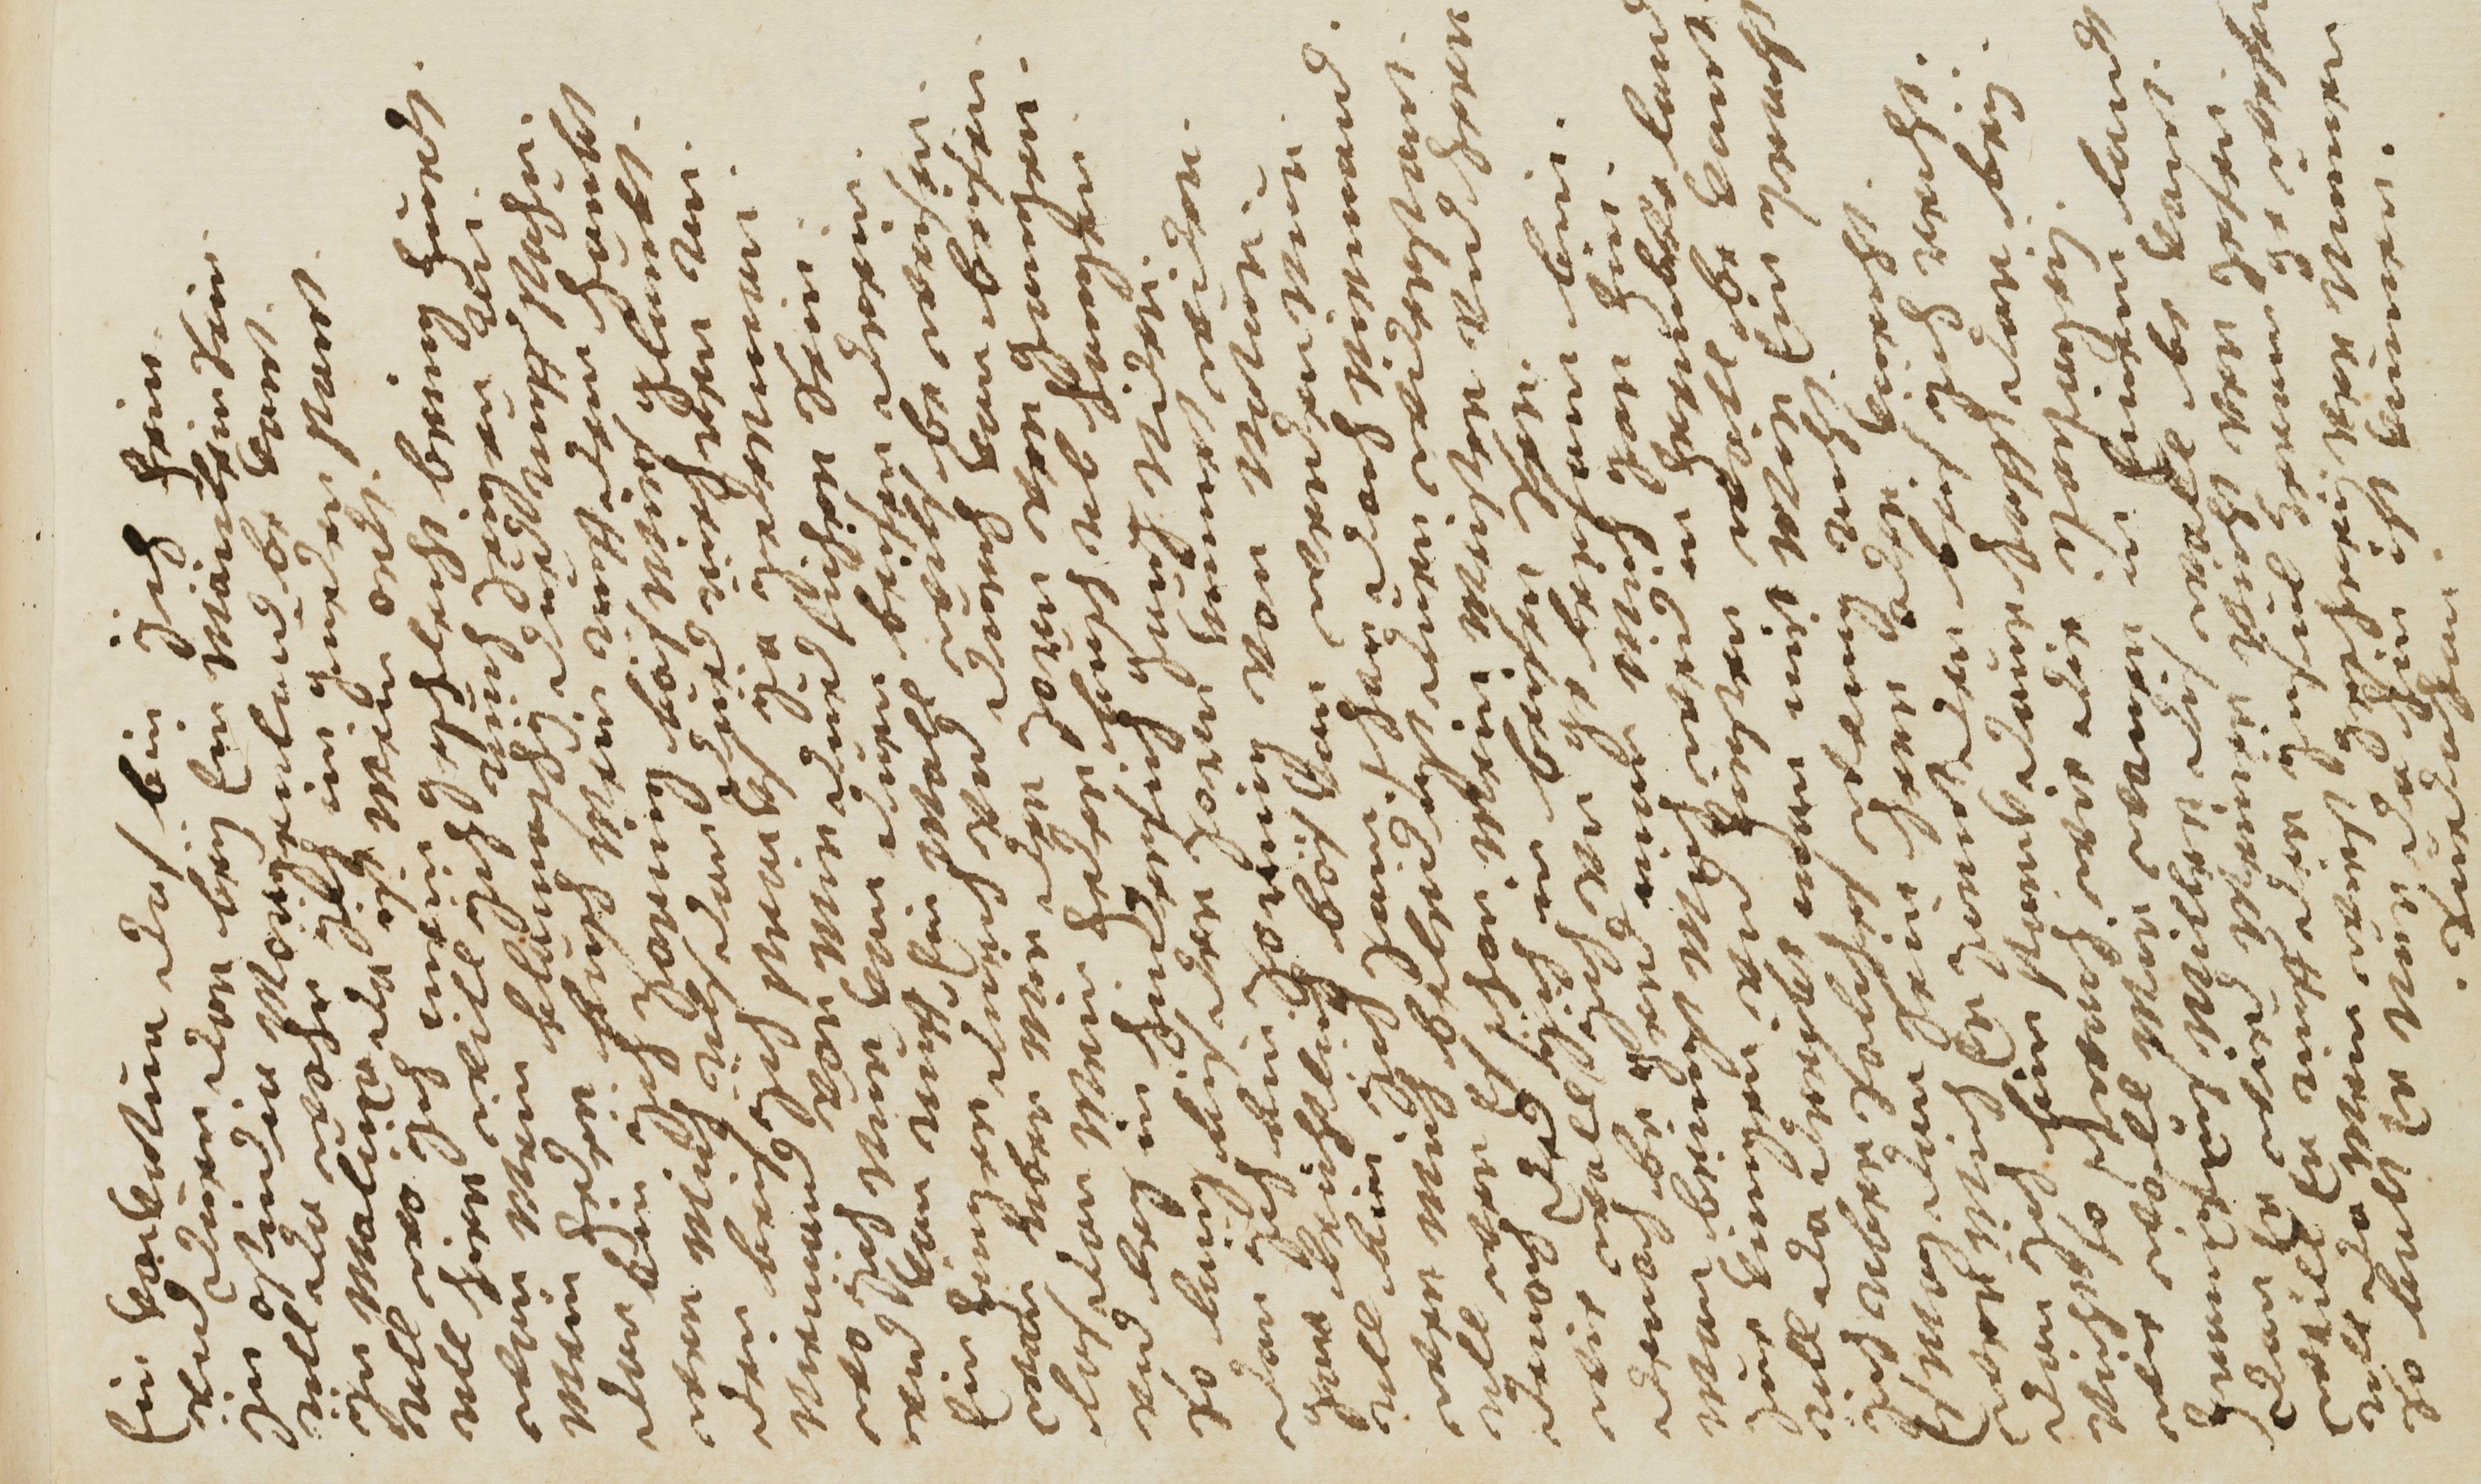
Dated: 1681–1681